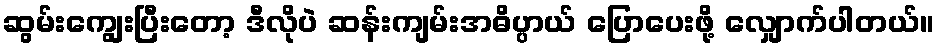
ဆွမ်းကျွေးပြီးတော့ ဒီလိုပဲ ဆန်းကျမ်းအဓိပ္ပာယ် ပြောပေးဖို့ လျှောက်ပါတယ်။